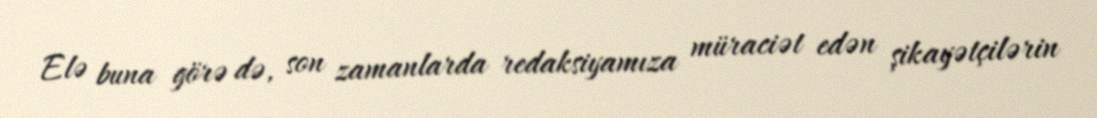
Elə buna görə də, son zamanlarda redaksiyamıza müraciət edən şikayətçilərin